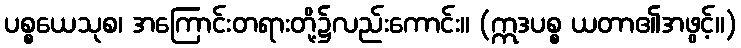
ပစ္စယေသုစ၊ အကြောင်းတရားတို့၌လည်းကောင်း။ (ဣဒပစ္စ ယတာ၏အဖွင့်။)